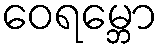
ဝေရမ္ဘော